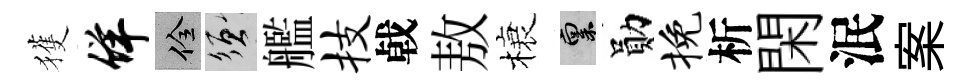
獲佯佺須艦技㦸敖榱禀勛挽析閑泯案